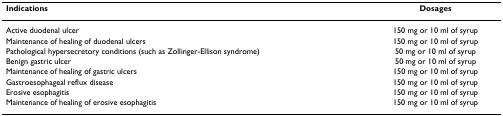
<table><thead><tr><td><b>Indications</b></td><td><b>Dosages</b></td></tr></thead><tbody><tr><td>Active duodenal ulcer</td><td>150 mg or 10 ml of syrup</td></tr><tr><td>Maintenance of healing of duodenal ulcers</td><td>150 mg or 10 ml of syrup</td></tr><tr><td>Pathological hypersecretory conditions (such as Zollinger-Ellison syndrome)</td><td>50 mg or 10 ml of syrup</td></tr><tr><td>Benign gastric ulcer</td><td>50 mg or 10 ml of syrup</td></tr><tr><td>Maintenance of healing of gastric ulcers</td><td>150 mg or 10 ml of syrup</td></tr><tr><td>Gastroesophageal reflux disease</td><td>150 mg or 10 ml of syrup</td></tr><tr><td>Erosive esophagitis</td><td>150 mg or 10 ml of syrup</td></tr><tr><td>Maintenance of healing of erosive esophagitis</td><td>150 mg or 10 ml of syrup</td></tr></tbody></table>